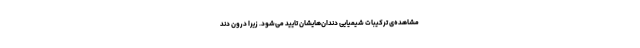
مشاهده‌ی ترکیبات شیمیایی دندان‌هایشان تایید می‌شود. زیرا درون دند